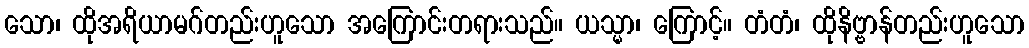
သော၊ ထိုအရိယာမဂ်တည်းဟူသော အကြောင်းတရားသည်။ ယသ္မာ၊ ကြောင့်။ တံတံ၊ ထိုနိဗ္ဗာန်တည်းဟူသော